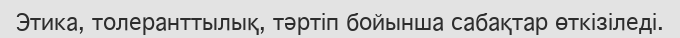
Этика, толеранттылық, тәртіп бойынша сабақтар өткізілeді.